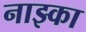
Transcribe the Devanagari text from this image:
नाझ्का